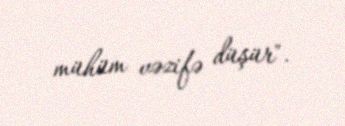
mühüm vəzifə düşür".